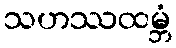
သဟဿထမ္ဘံ